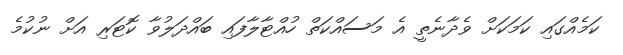
ކަމެއްގައި ކަމަކަށް ވެދާނެތީ އެ މަސައްކަތް ހުއްޓާލާފައި ބައްދަލުވާ ކޮޓަރި އަށް ނުކުމެ